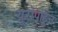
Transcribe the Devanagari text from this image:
युरोपाहून